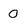
Character: 0